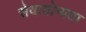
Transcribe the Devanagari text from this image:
सेवायोग्यता